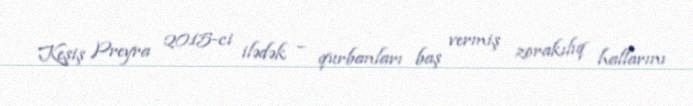
Keşiş Preyra 2015-ci ilədək – qurbanları baş vermiş zorakılıq hallarını